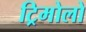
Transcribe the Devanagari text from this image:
ट्रिमोलो